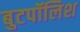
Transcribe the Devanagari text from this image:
बुटपॉलिश